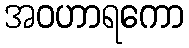
အဝဟာရကော